Civil Veterinary Dept. Bombay admin report 1893-99 - 1893-1899
Year: 1893
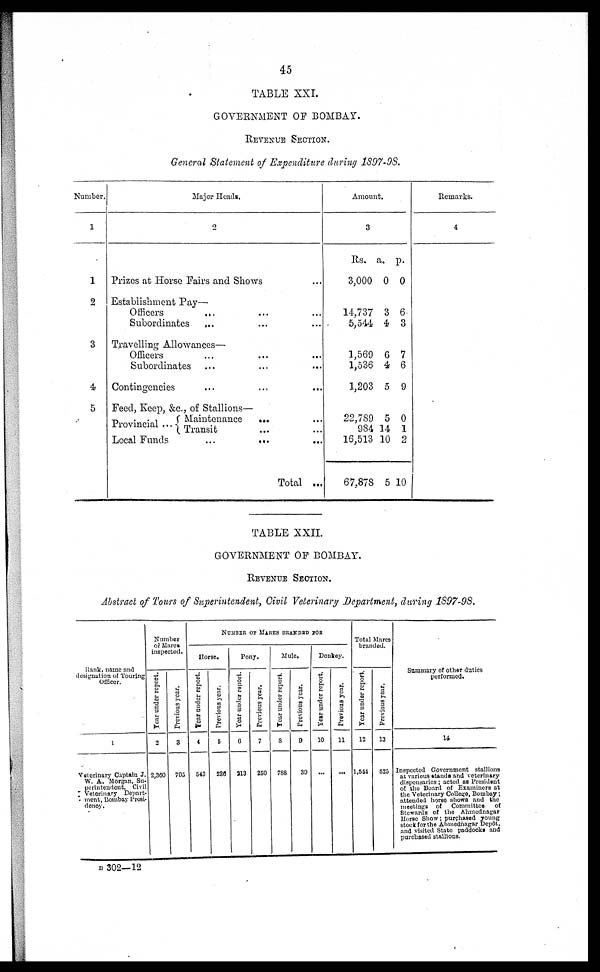
45
TABLE XXI.
GOVERNMENT OF BOMBAY.
REVENUE SECTION.
General Statement of Expenditure during 1897-98.
Number.
1
1
2
3
4
5
Major Heads.
2
Prizes at Horse Fairs and Shows …
Establishment Pay—
Officers
... … …
Subordinates
... … …
Travelling Allowances—
Officers … … …
Subordinates … … …
Contingencies … … …
Feed, Keep,
&c., Stallions—
Provincial... Maintenance
…
…
Transit … …
Local Funds
...
...
Total ...
Amount.
3
Rs.
3,000
14,737
5,544
1,569
1,536
1,203
22,789
984
16,513
67,878
a.
0
3
4
6
4
5
5
14
10
5
p.
0
6
3
7
6
9
0
1
2
10
Remarks.
4
TABLE XXII.
GOVERNMENT OF BOMBAY.
REVENUE SECTION.
Abstract of Tours of Superintendent, Civil Veterinary Department, during 1897-98.
Rank, name and
designation of Touring
Officer.
1
Veterinary Captain J.
W. A. Morgan, Su-
perintendent, Civil
Veterinary Depart-
ment, Bombay Presi-
dency.
Number
of Mares
inspected.
Year under report.
3
2,360
Previous year.
3
705
NUMBER OF MARES BRANDED FOR
Horse.
Year
under report.
4
543
Previous year.
5
230
Pony.
Year under report.
6
213
Previous year.
7
250
Mule.
Year
under report.
8
788
Previous year.
0
39
Donkey.
Year under report.
10
…
Previous year.
11
…
Total Mares
branded.
Year under report.
12
1,541
Previous year.
13
525
Summary of other duties
performed.
14
Inspected Government stallions
at various stands and veterinary
dispensaries ; acted as President
of the Board of Examiners at
the Veterinary College, Bombay ;
attended horse shows and the
meetings of Committee of
Stewards of the Ahmednagar
Horse Show ; purchased young
stock for the Ahmednagar Depôt,
and visited State paddocks and
purchased stallions.
B 302—12